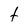
Character: t